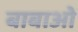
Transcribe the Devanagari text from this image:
बाबाओं